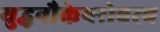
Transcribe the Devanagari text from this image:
युद्धनौकेबरोबरच